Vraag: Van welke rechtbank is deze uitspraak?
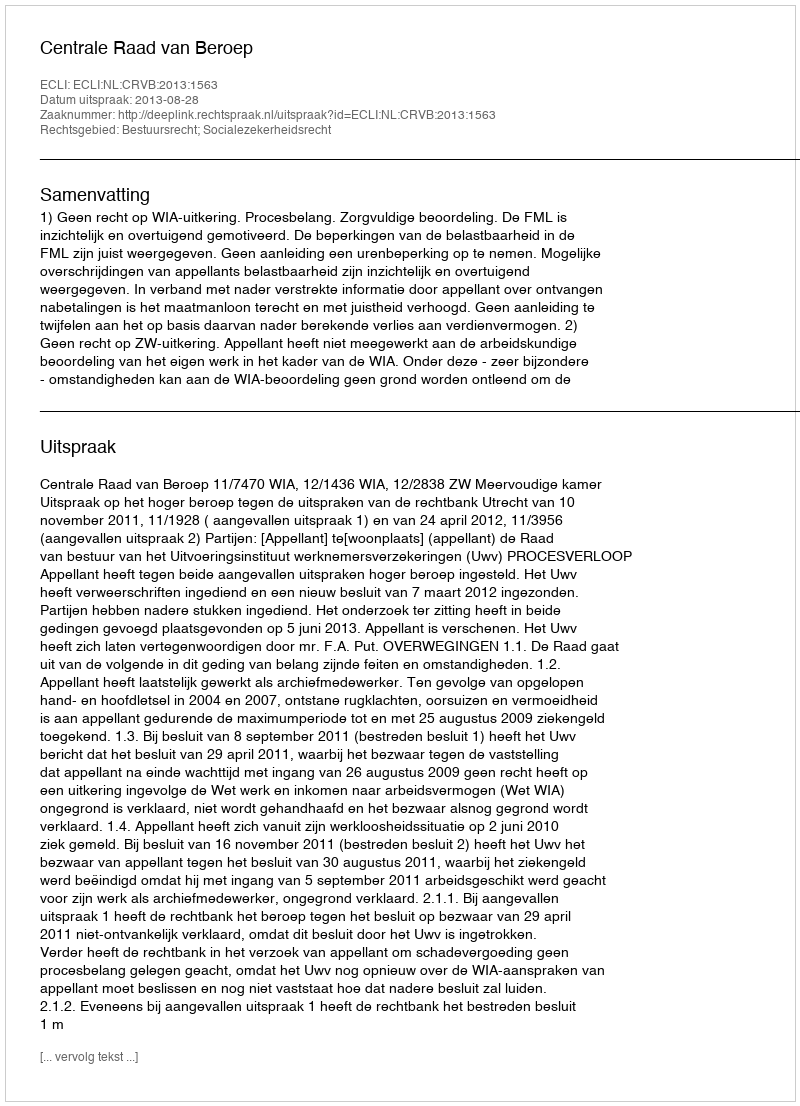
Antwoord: Centrale Raad van Beroep